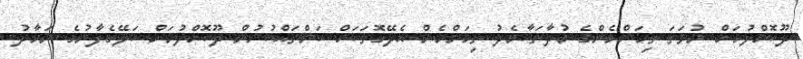
ދޫކޮށްލުމަށް ނުވަތަ ތިމަންމެންގެ މުދާތަކާމެދު ތިމަންމެން އެދޭގޮތަކަށް ކަންތައްކުރުން ދޫކޮށްލުމަށް ކަލޭގެފާނުގެ ނަމާދު